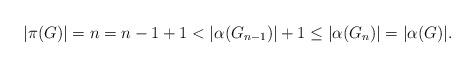
LaTeX: \begin{align*}|\pi (G)|=n=n-1+1< |\alpha{(G_{n-1})}|+1 \leq |\alpha{(G_n)}|=|\alpha{(G)}|.\end{align*}